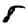
Digit: 8